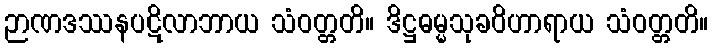
ဉာဏဒဿနပဋိလာဘာယ သံဝတ္တတိ။ ဒိဋ္ဌဓမ္မသုခဝိဟာရာယ သံဝတ္တတိ။